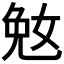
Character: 𫰲